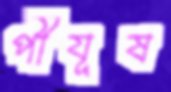
পীযূষ